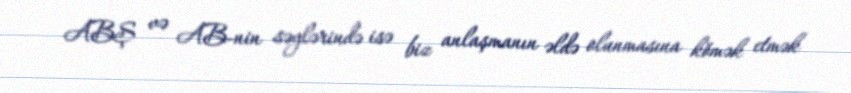
ABŞ və AB-nin səylərində isə biz anlaşmanın əldə olunmasına kömək etmək